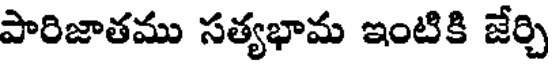
పారిజాతము సత్యభామ ఇంటికి జేర్చి